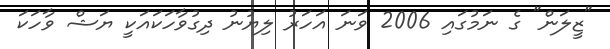
"ޒީލަން" ގެ ނަމުގައި 2006 ވަނަ އަހަރު ލިޔުނު ދިގުވާހަކައަކީ ޔަޝް ވާހަކަ